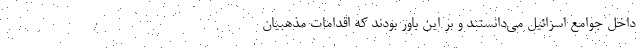
داخل جوامع اسرائیل می‌دانستند و بر این باور بودند که اقدامات مذهبیان